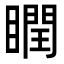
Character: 瞤